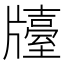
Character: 𤗿